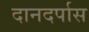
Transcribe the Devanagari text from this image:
दानदर्पास